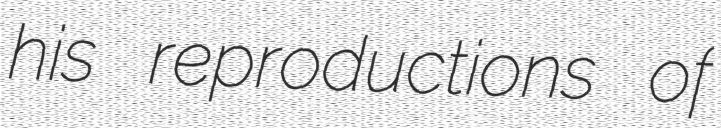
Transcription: his reproductions of